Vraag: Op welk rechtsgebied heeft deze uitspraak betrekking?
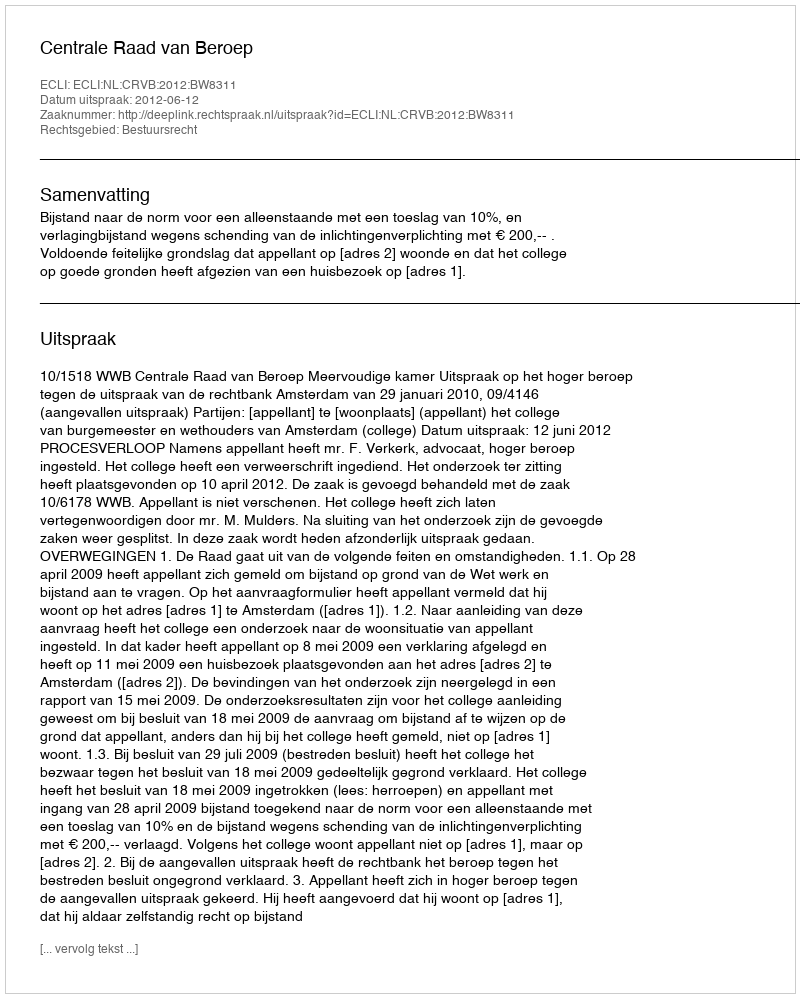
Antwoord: Bestuursrecht